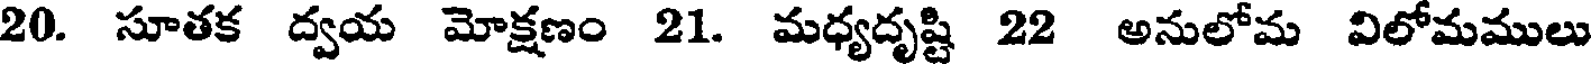
20. సూతక ద్వయ మోక్షణం 21. మధ్యదృష్టి 22 అనులోమ విలోమములు